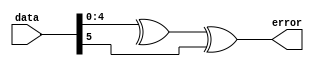
`timescale 1ns / 1ps
`default_nettype none

/*
**********************************************************
** Logic Design Final Project Fall, 2019 Semester
** Amirkabir University of Technology (Tehran Polytechnic)
** Department of Computer Engineering (CEIT-AUT)
** Logic Circuit Design Laboratory
** https://ceit.aut.ac.ir
**********************************************************
** Student ID: 9731078 (Negin HajiSobhani)
** Student ID: 9731096 (Amirhossein Alibakhshi)
**********************************************************
** Module Name: ParityErrorChecker
**********************************************************
** Additional Comments:
*/

module ParityErrorChecker(
        data,
        error);
input [5:0] data;
output error;
   
   assign error = (^data[4:0]) ^ data[5];

endmodule